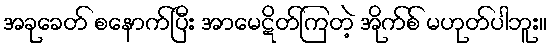
အခုခေတ် စနောက်ပြီး အာမေဋိတ်ကြတဲ့ အိုက်စ် မဟုတ်ပါဘူး။